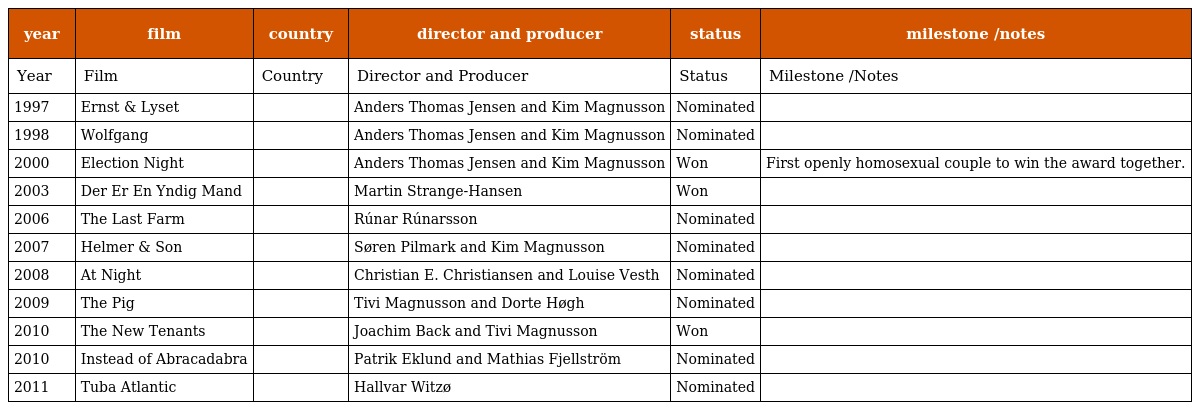
| year | film | country | director and producer | status | milestone /notes |
 | --- | --- | --- | --- | --- | --- |
 | Year | Film | Country | Director and Producer | Status | Milestone /Notes |
 | 1997 | Ernst & Lyset |  | Anders Thomas Jensen and Kim Magnusson | Nominated |  |
 | 1998 | Wolfgang |  | Anders Thomas Jensen and Kim Magnusson | Nominated |  |
 | 2000 | Election Night |  | Anders Thomas Jensen and Kim Magnusson | Won | First openly homosexual couple to win the award together. |
 | 2003 | Der Er En Yndig Mand |  | Martin Strange-Hansen | Won |  |
 | 2006 | The Last Farm |  | Rúnar Rúnarsson | Nominated |  |
 | 2007 | Helmer & Son |  | Søren Pilmark and Kim Magnusson | Nominated |  |
 | 2008 | At Night |  | Christian E. Christiansen and Louise Vesth | Nominated |  |
 | 2009 | The Pig |  | Tivi Magnusson and Dorte Høgh | Nominated |  |
 | 2010 | The New Tenants |  | Joachim Back and Tivi Magnusson | Won |  |
 | 2010 | Instead of Abracadabra |  | Patrik Eklund and Mathias Fjellström | Nominated |  |
 | 2011 | Tuba Atlantic |  | Hallvar Witzø | Nominated |  |